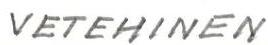
VETEHINEN